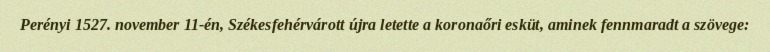
Perényi 1527. november 11-én, Székesfehérvárott újra letette a koronaőri esküt, aminek fennmaradt a szövege: